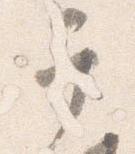
于